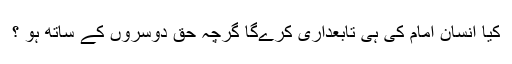
کیا انسان امام کی ہی تابعداری کرےگا گرچہ حق دوسروں کے ساتھ ہو ؟